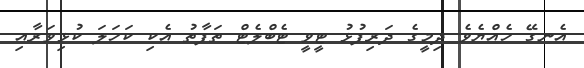
އެނގޭ ހެއްޔެވެ ދިމީގެ ދަރިފުޅު ޓީވީ ޓެބްލެޓް ތަފާތު އެކި ކަހަލަ ކުޅިވަރާއި